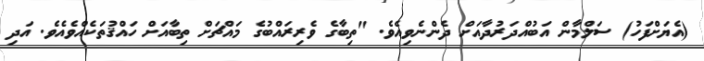
(އެޔަށްފަހު) ސަލްމާން އަބުއްދަރުދާއަށް ދެންނެވިއެވެ. "ތިބާގެ ވެރިރައްބުގެ މައްޗަށް ތިބާއަށް ހައްޤުތަކެއްވެއެވެ. އަދި